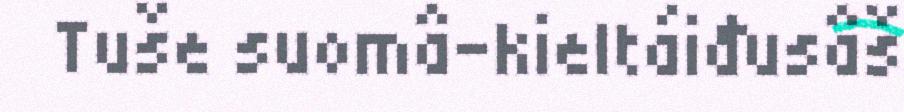
Tuše suomâ-kieltáiđusâš